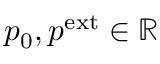
p _ { 0 } , p ^ { \mathrm { e x t } } \in \mathbb R